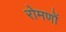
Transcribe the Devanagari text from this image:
रोमणों